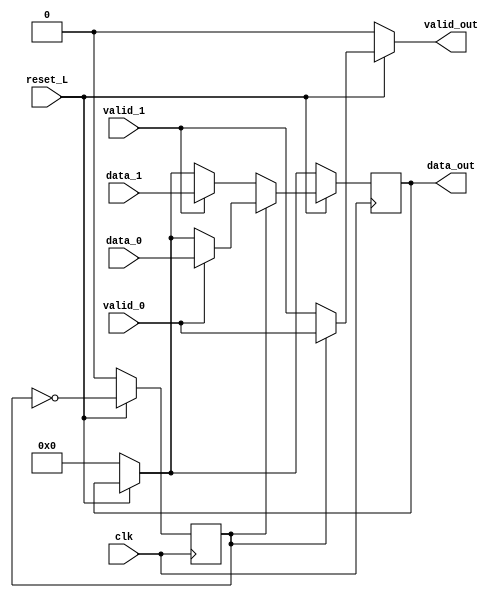
// This should be only the conductual description
module mux (
            input            clk,
            input            reset_L,
            input [3:0]      data_0,
            input [3:0]      data_1,
            input            valid_0,
            input            valid_1,
            output reg valid_out,
            output reg [3:0] data_out
            );
   // internal variable
   reg                       selector;

   initial
     begin
        data_out = 0;
        selector = 0;
     end

   always @ (*)
     begin
        // logic for reset is also combinational
        if (reset_L) begin
           if (selector) begin
              valid_out = valid_0;
           end else begin
              valid_out = valid_1;
           end
        end else begin
           valid_out = 0;
        end
     end

   always @ (posedge clk)
     begin
        // initial values
         if (!reset_L) begin
           // combinational logic
           data_out <= 0;
           selector <= 0;
        end

        if (reset_L) begin
           selector <= ~selector;
           if (selector) begin
              if (valid_0) begin
                 data_out <= data_0;
              end
           end else begin
              if (valid_1) begin
                 data_out <= data_1;
              end
           end
        end // if not reset

     end

   endmodule